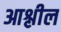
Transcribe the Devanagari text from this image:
आश्लील